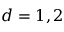
d = 1 , 2